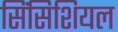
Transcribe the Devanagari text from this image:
सिंसिशियल